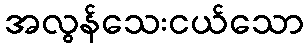
အလွန်သေးငယ်သော